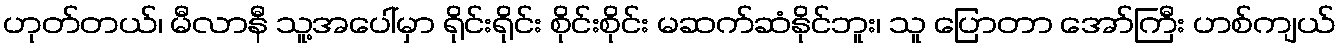
ဟုတ်တယ်၊ မီလာနီ သူ့အပေါ်မှာ ရိုင်းရိုင်း စိုင်းစိုင်း မဆက်ဆံနိုင်ဘူး၊ သူ ပြောတာ အော်ကြီး ဟစ်ကျယ်